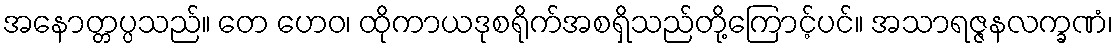
အနောတ္တပ္ပသည်။ တေ ဟေဝ၊ ထိုကာယဒုစရိုက်အစရှိသည်တို့ကြောင့်ပင်။ အသာရဇ္ဇနလက္ခဏံ၊